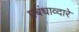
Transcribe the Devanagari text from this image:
प्रबंधाव्दारे